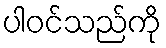
ပါဝင်သည်ကို